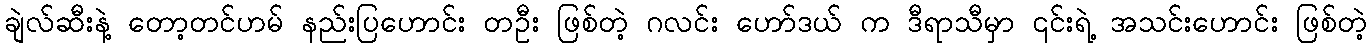
ချဲလ်ဆီးနဲ့ တော့တင်ဟမ် နည်းပြဟောင်း တဦး ဖြစ်တဲ့ ဂလင်း ဟော်ဒယ် က ဒီရာသီမှာ ၎င်းရဲ့ အသင်းဟောင်း ဖြစ်တဲ့